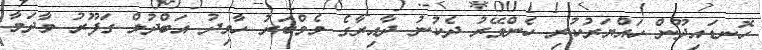
ހޮނޑައިދޫން ހައްޔަރުކުރި ހެންވޭރު ދެކުނު ދާއިރާގެ މެމްބަރު ހާމިދު އަބްދުލް ގަފޫރު މާދަމާ